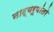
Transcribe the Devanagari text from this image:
नाट्यरूपांतरे